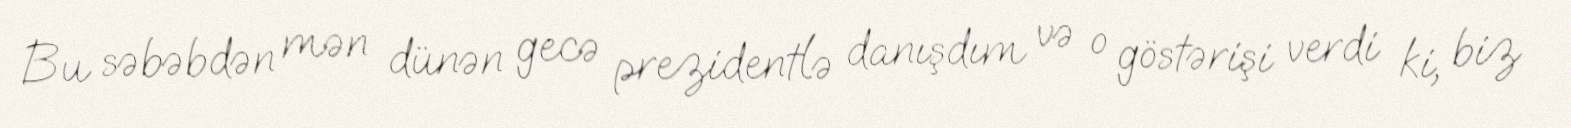
Bu səbəbdən mən dünən gecə prezidentlə danışdım və o göstərişi verdi ki, biz